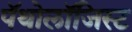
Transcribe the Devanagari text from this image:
पॅथोलॉजिस्ट